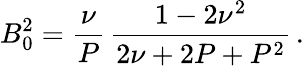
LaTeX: B_{0}^{2}=\frac{\nu}{P}\, \frac{1-2\nu^{2}}{2\nu+2P+P^{2}}\, .